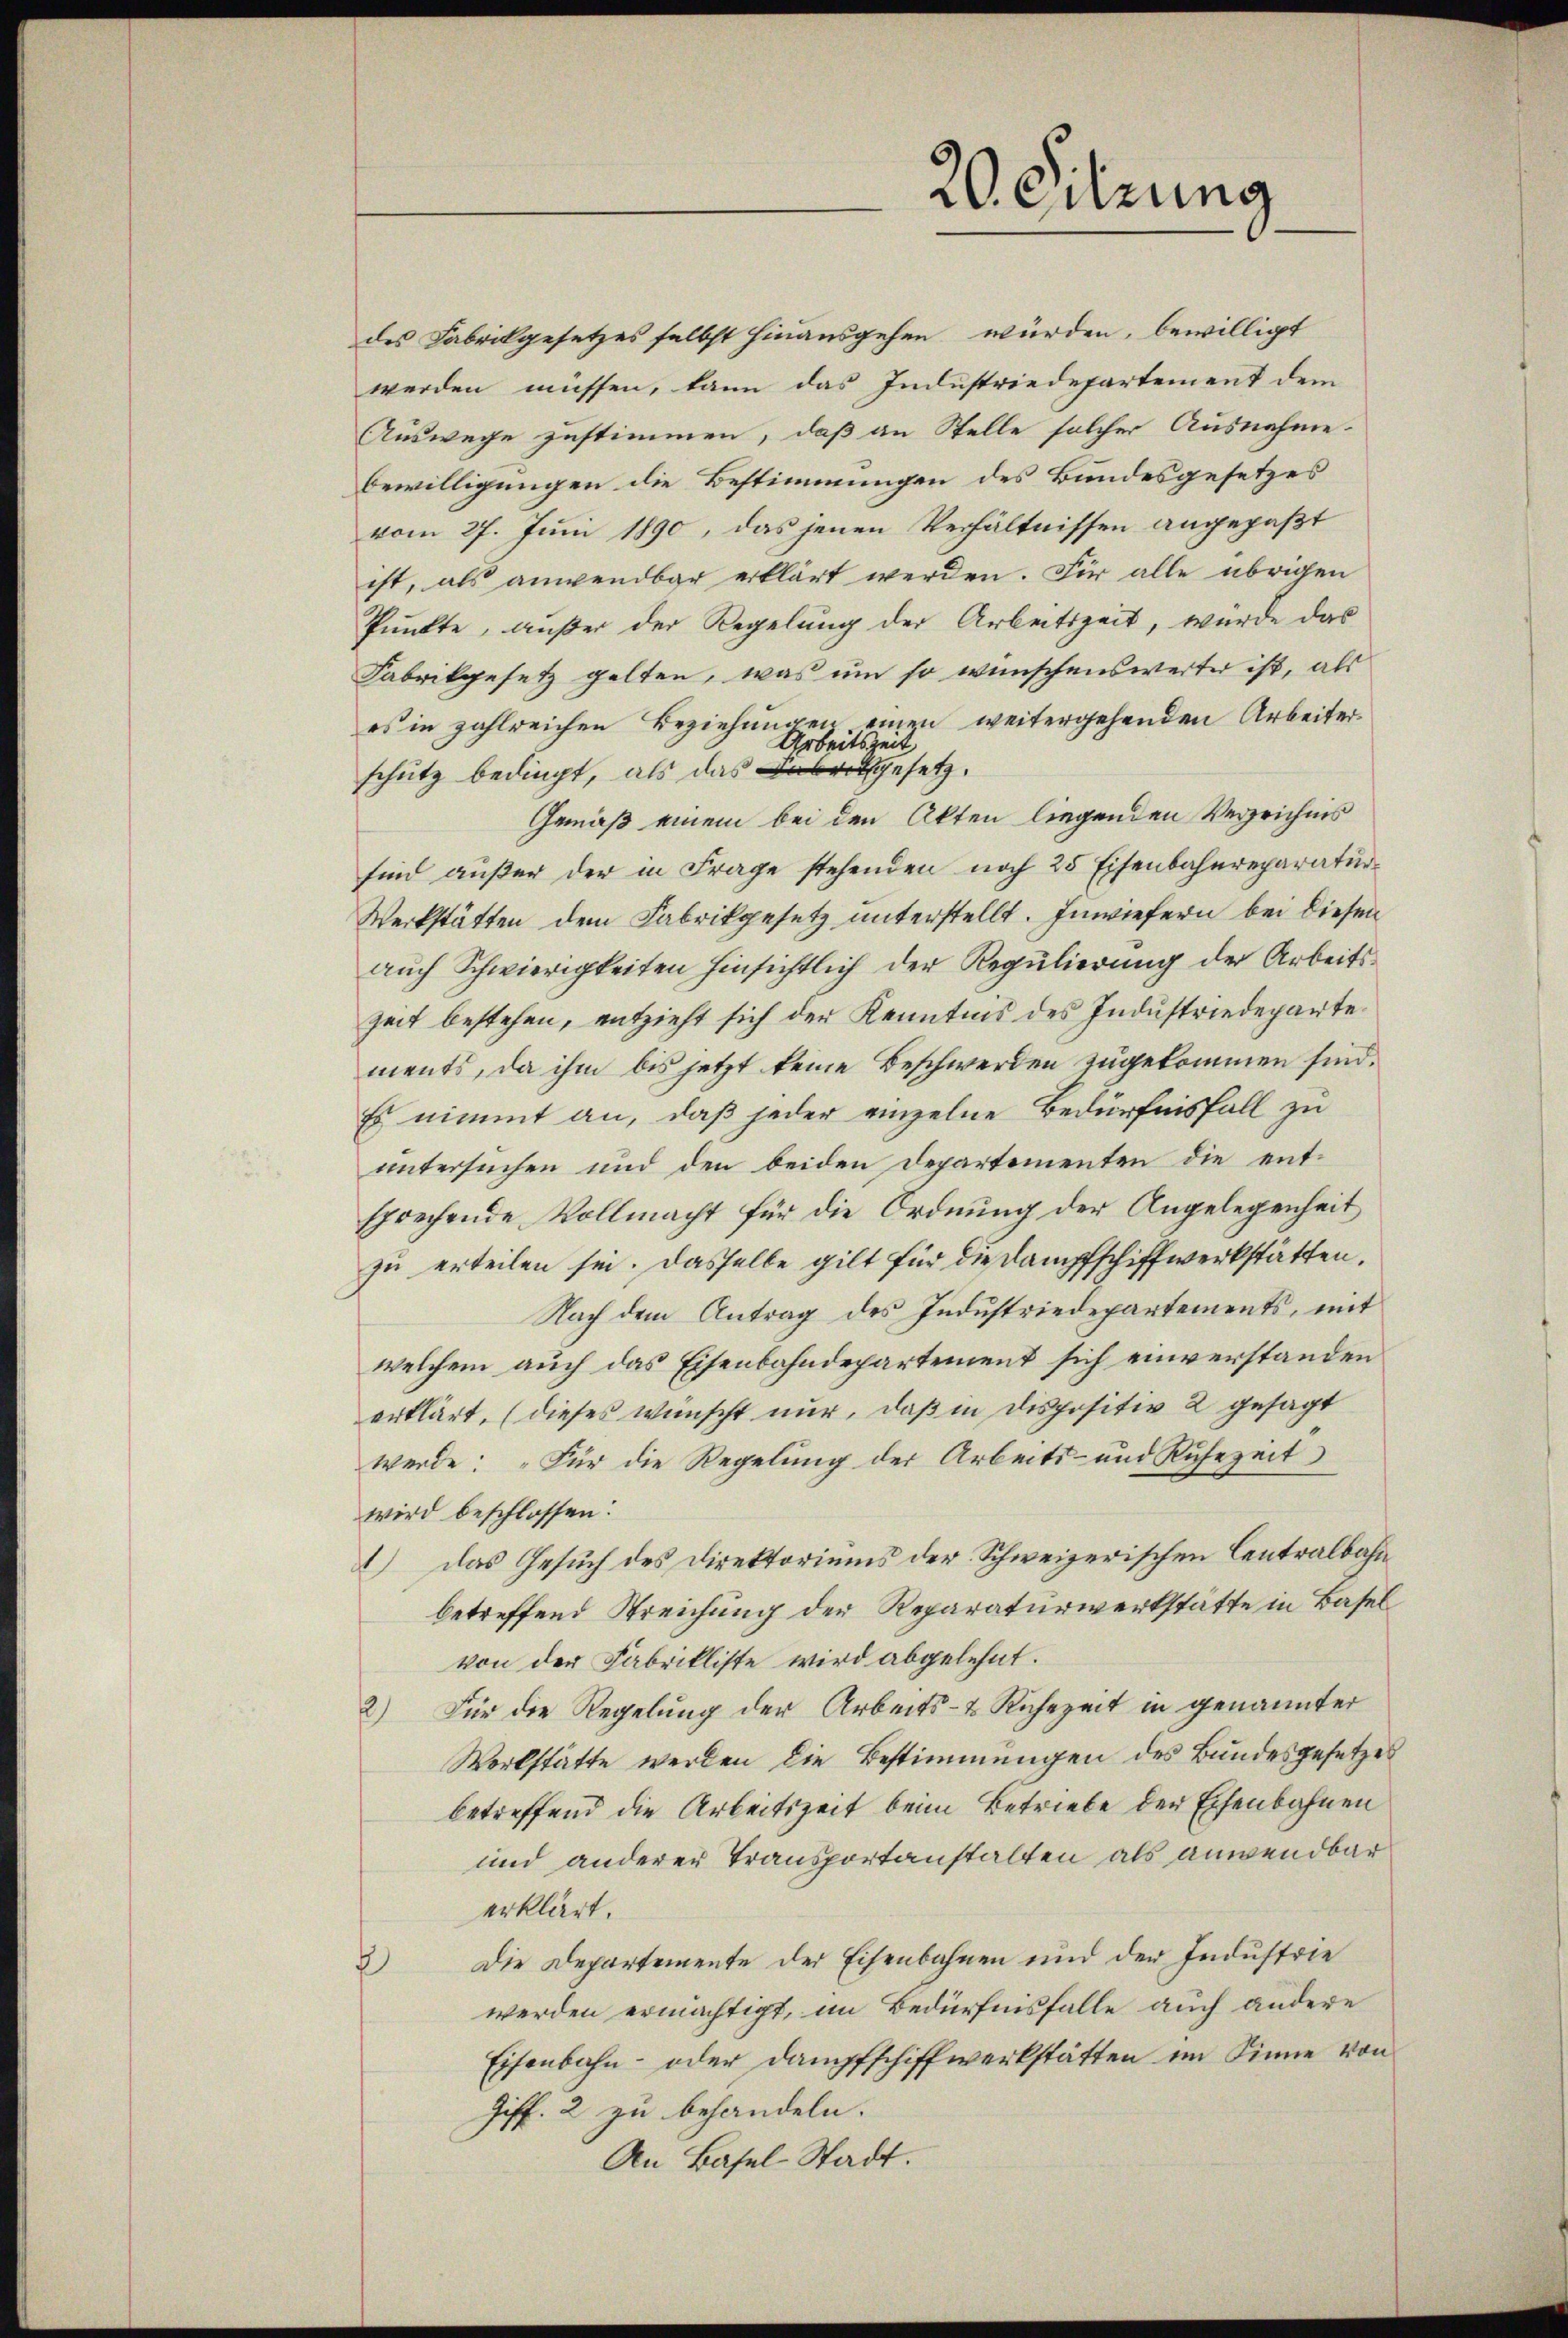
20. Sitzung

des Fabrikgesetzes selbst hinausgehen würden, bewilligt
werden müssen, kann das Industriedepartement dem
Auswege zustimmen, daß an Stelle solcher Ausnahme-
bewilligungen die Bestimmungen des Bundesgesetzes
vom 27. Juni 1890, das jenen Verhältnissen angepaßt
ist, als anwendbar erklärt werden. Für alle übrigen
Punkte, außer der Regelung der Arbeitszeit, würde das
Fabrikgesetz gelten, was um so wünschenswerter ist, als
es in zahlreichen Beziehungen einen weitergehenden Arbeiter
9.
Seitszeit
schütz bedingt, als das abgesetz
Gemäß einem bei den Akten liegenden Verzeichnis
sind außer der in Frage stehenden noch 25 Eisenbahnreparatur¬
Werkstätten dem Fabrikgesetz unterstellt. Inwiefern bei diesen
auch Schwierigkeiten hinsichtlich der Regulierung der Arbeitszeit bestehen, entzieht sich der Kenntnis des Industriedeparte
ments, da ihm bis jetzt keine Beschwerden zugekommen sind.
Es nimmt an, daß jeder einzelne Bedürfnisfall zu
untersuchen und den beiden Departementen die entsprechende Vollmacht für die Ordnung der Angelegenheit
zu erteilen sei. Dasselbe gilt für die Dampfschiffwerkstätten.
Nach dem Antrag des Industriedepartements, mit
welchem auch das Eisenbahndepartement sich einverstanden
erklärt, (dieses wünscht nur, daß in dispositiv 2 gesagt
werde: „Für die Regelung der Arbeits- und Ruhezeit
wird beschlossen:
) das Gesuch des Direktoriums der Schweizerischen Centralbahn
betreffend Streichung der Reparaturwerkstätte in Basel
von der Fabrikliste wird abgelehnt.
2) Für die Regelung der Arbeits- & Ruhezeit in genannter
Werkstätte werden die Bestimmungen des Bundesgesetzes
betreffend die Arbeitszeit beim Betriebe der Eisenbahnen
und anderer Transportanstalten als anwendbar
erklärt.
2) Die Departemente der Eisenbahnen und der Industrie
werden ermächtigt, im Bedürfnisfalle auch andere
Eisenbahn- oder Dampfschiffwerkstätten im Sinne von
Ziff. 2 zu behandeln.
An Basel-Stadt.